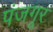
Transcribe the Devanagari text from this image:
पंजगूर